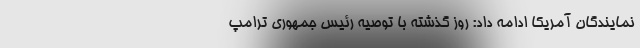
نمایندگان آمریکا ادامه داد: روز گذشته با توصیه رئیس جمهوری ترامپ